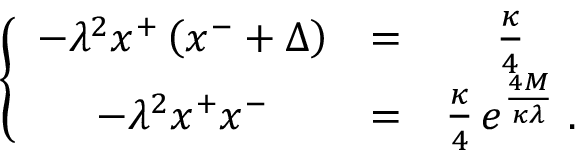
\left\{ \begin{array} { c c c } { { - \lambda ^ { 2 } x ^ { + } \left( x ^ { - } + \Delta \right) } } & { { = } } & { { { \frac { \kappa } { 4 } } } } \\ { { - \lambda ^ { 2 } x ^ { + } x ^ { - } } } & { { = } } & { { { \frac { \kappa } { 4 } } \, e ^ { \frac { 4 M } { \kappa \lambda } } \; . } } \end{array} \right.